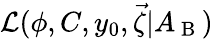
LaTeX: \mathcal{L}(\phi,C,y_{0},\vec{\zeta}|A_{\mathrm{~B~}})